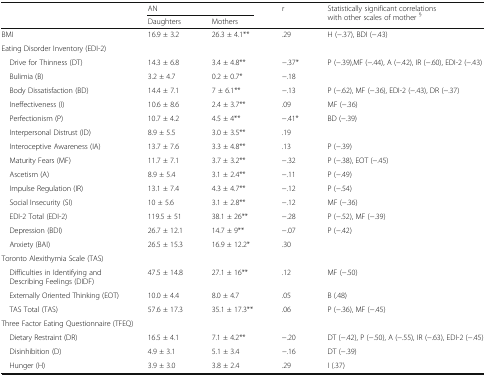
<table><thead><tr><td rowspan="2"></td><td colspan="2"><b>AN</b></td><td rowspan="2"><b>r</b></td><td rowspan="2"><b>Statistically significant correlations with other scales of mother <sup>§</sup></b></td></tr><tr><td><b>Daughters</b></td><td><b>Mothers</b></td></tr></thead><tbody><tr><td>BMI</td><td>16.9 ± 3.2</td><td>26.3 ± 4.1**</td><td>.29</td><td>H (−.37), BDI (−.43)</td></tr><tr><td colspan="5">Eating Disorder Inventory (EDI-2)</td></tr><tr><td> Drive for Thinness (DT)</td><td>14.3 ± 6.8</td><td>3.4 ± 4.8**</td><td>−.37*</td><td>P (−.39),MF (−.44), A (−.42), IR (−.60), EDI-2 (−.43)</td></tr><tr><td> Bulimia (B)</td><td>3.2 ± 4.7</td><td>0.2 ± 0.7*</td><td>−.18</td><td></td></tr><tr><td> Body Dissatisfaction (BD)</td><td>14.4 ± 7.1</td><td>7 ± 6.1**</td><td>−.13</td><td>P (−.62), MF (−.36), EDI-2 (−.43), DR (−.37)</td></tr><tr><td> Ineffectiveness (I)</td><td>10.6 ± 8.6</td><td>2.4 ± 3.7**</td><td>.09</td><td>MF (−.36)</td></tr><tr><td> Perfectionism (P)</td><td>10.7 ± 4.2</td><td>4.5 ± 4**</td><td>−.41*</td><td>BD (−.39)</td></tr><tr><td> Interpersonal Distrust (ID)</td><td>8.9 ± 5.5</td><td>3.0 ± 3.5**</td><td>.19</td><td></td></tr><tr><td> Interoceptive Awareness (IA)</td><td>13.7 ± 7.6</td><td>3.3 ± 4.8**</td><td>.13</td><td>P (−.39)</td></tr><tr><td> Maturity Fears (MF)</td><td>11.7 ± 7.1</td><td>3.7 ± 3.2**</td><td>−.32</td><td>P (−.38), EOT (−.45)</td></tr><tr><td> Ascetism (A)</td><td>8.9 ± 5.4</td><td>3.1 ± 2.4**</td><td>−.11</td><td>P (−.49)</td></tr><tr><td> Impulse Regulation (IR)</td><td>13.1 ± 7.4</td><td>4.3 ± 4.7**</td><td>−.12</td><td>P (−.54)</td></tr><tr><td> Social Insecurity (SI)</td><td>10 ± 5.6</td><td>3.1 ± 2.8**</td><td>−.12</td><td>MF (−.36)</td></tr><tr><td> EDI-2 Total (EDI-2)</td><td>119.5 ± 51</td><td>38.1 ± 26**</td><td>−.28</td><td>P (−.52), MF (−.39)</td></tr><tr><td> Depression (BDI)</td><td>26.7 ± 12.1</td><td>14.7 ± 9**</td><td>−.07</td><td>P (−.42)</td></tr><tr><td> Anxiety (BAI)</td><td>26.5 ± 15.3</td><td>16.9 ± 12.2*</td><td>.30</td><td></td></tr><tr><td colspan="5">Toronto Alexithymia Scale (TAS)</td></tr><tr><td> Difficulties in Identifying and Describing Feelings (DIDF)</td><td>47.5 ± 14.8</td><td>27.1 ± 16**</td><td>.12</td><td>MF (−.50)</td></tr><tr><td> Externally Oriented Thinking (EOT)</td><td>10.0 ± 4.4</td><td>8.0 ± 4.7</td><td>.05</td><td>B (.48)</td></tr><tr><td> TAS Total (TAS)</td><td>57.6 ± 17.3</td><td>35.1 ± 17.3**</td><td>.06</td><td>P (−.36), MF (−.45)</td></tr><tr><td colspan="5">Three Factor Eating Questionnaire (TFEQ)</td></tr><tr><td> Dietary Restraint (DR)</td><td>16.5 ± 4.1</td><td>7.1 ± 4.2**</td><td>−.20</td><td>DT (−.42), P (−.50), A (−.55), IR (−.63), EDI-2 (−.45)</td></tr><tr><td> Disinhibition (D)</td><td>4.9 ± 3.1</td><td>5.1 ± 3.4</td><td>−.16</td><td>DT (−.39)</td></tr><tr><td> Hunger (H)</td><td>3.9 ± 3.0</td><td>3.8 ± 2.4</td><td>.29</td><td>I (.37)</td></tr></tbody></table>